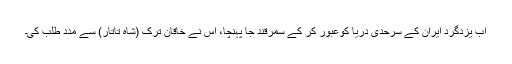
اب یزدگرد ایران کے سرحدی دریا کوعبور کر کے سمرقند جا پہنچا، اس نے خاقان ترک (شاہ تاتار) سے مدد طلب کی۔